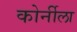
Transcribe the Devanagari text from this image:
कोर्नीला